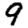
Digit: 9